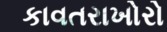
કાવતરાખોરો